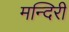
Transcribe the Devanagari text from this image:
मन्दिरी